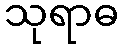
သုရာဓ